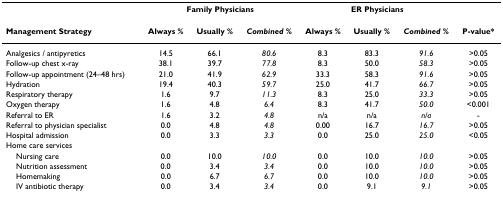
|  | <COLSPAN=3> Family Physicians | <COLSPAN=3> ER Physicians |  |
 | Management Strategy | Always % | Usually % | Combined % | Always % | Usually % | Combined % | P-value* |
 | --- | --- | --- | --- | --- | --- | --- | --- |
 | Analgesics / antipyretics | 14.5 | 66.1 | 80.6 | 8.3 | 83.3 | 91.6 | >0.05 |
 | Follow-up chest x-ray | 38.1 | 39.7 | 77.8 | 8.3 | 50.0 | 58.3 | >0.05 |
 | Follow-up appointment (24–48 hrs) | 21.0 | 41.9 | 62.9 | 33.3 | 58.3 | 91.6 | >0.05 |
 | Hydration | 19.4 | 40.3 | 59.7 | 25.0 | 41.7 | 66.7 | >0.05 |
 | Respiratory therapy | 1.6 | 9.7 | 11.3 | 8.3 | 25.0 | 33.3 | >0.05 |
 | Oxygen therapy | 1.6 | 4.8 | 6.4 | 8.3 | 41.7 | 50.0 | <0.001 |
 | Referral to ER | 1.6 | 3.2 | 4.8 | n/a | n/a | n/a | - |
 | Referral to physician specialist | 0.0 | 4.8 | 4.8 | 0.00 | 16.7 | 16.7 | >0.05 |
 | Hospital admission | 0.0 | 3.3 | 3.3 | 0.0 | 25.0 | 25.0 | <0.05 |
 | Home care services |  |  |  |  |  |  |  |
 | Nursing care | 0.0 | 10.0 | 10.0 | 0.0 | 10.0 | 10.0 | >0.05 |
 | Nutrition assessment | 0.0 | 3.4 | 3.4 | 0.0 | 10.0 | 10.0 | >0.05 |
 | Homemaking | 0.0 | 6.7 | 6.7 | 0.0 | 10.0 | 10.0 | >0.05 |
 | IV antibiotic therapy | 0.0 | 3.4 | 3.4 | 0.0 | 9.1 | 9.1 | >0.05 |